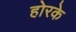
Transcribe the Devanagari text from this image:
होरके